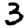
Digit: 3